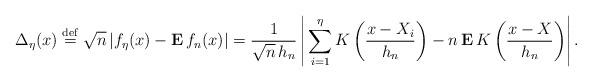
LaTeX: \begin{align*}\Delta _{\eta }(x)\stackrel{\rm def}{=}\sqrt{n}\left| f_{\eta }(x)-{\bf E\,}f_{n}(x)\right| =\frac{1}{\sqrt{n}\,h_{n}}\left| \,\sum_{i=1}^{\eta }K\left(\frac{x-X_{i}}{h_{n}}\right) -n\,{\bf E}\,K\left( \frac{x-X}{h_{n}}\right)\right| . \end{align*}